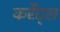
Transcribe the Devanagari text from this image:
कर्रेंट्स